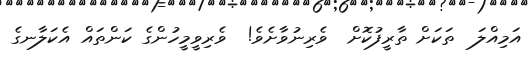
އަމިއްލަ  ތަކަށް ތާރީފުކޮށް  ވެރިނުވާށެވެ!  ވެރިވީމީހުންގެ ކަންތައް އެކަލާނގެ